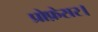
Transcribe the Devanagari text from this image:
प्रोफ़ेसर।